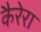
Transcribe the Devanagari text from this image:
कैरेरा